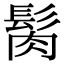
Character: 𩬳